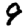
Digit: 9